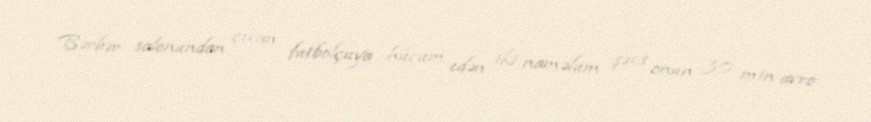
Bərbər salonundan çıxan futbolçuya hücum edən iki naməlum şəxs onun 30 min avro